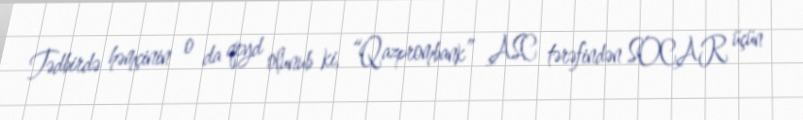
Tədbirdə həmçinin o da qeyd olunub ki, “Qazprombank” ASC tərəfindən SOCAR üçün